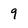
Character: 9